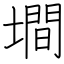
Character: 墹